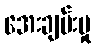
အေးချမ်းမှု